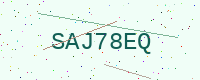
Text: SAJ78EQ